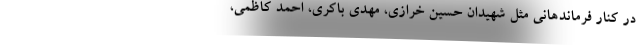
در کنار فرماندهانی مثل شهیدان حسین خرازی، مهدی باکری، احمد کاظمی،